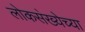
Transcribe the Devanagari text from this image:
लोकस॓ख्येच्या